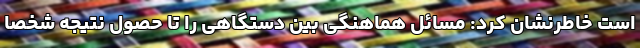
است خاطرنشان کرد: مسائل هماهنگی بین دستگاهی را تا حصول نتیجه شخصا